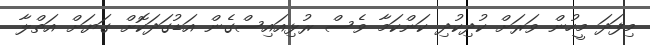
މިފަދަ މީހުން ވަރަށް ކުދިކުދި ކަންކަމާ ވެސް ރުޅިއައިސްގެން އަޑުގަދަކޮށް ގަޔަށް އަތްލާ